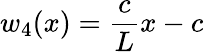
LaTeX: w_{4}(x)=\frac{c}{L}x-c